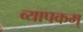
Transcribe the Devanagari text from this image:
व्यापकम्